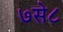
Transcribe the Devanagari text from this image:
७से८